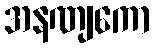
အနဏျကော